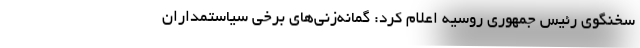
سخنگوی رئیس جمهوری روسیه اعلام کرد: گمانه‌زنی‌های برخی سیاستمداران